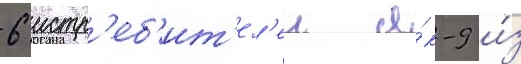
6 истр'еб'ит'ел'еи я́к-9 и́з